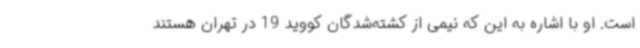
است. او با اشاره به این که نیمی از کشته‌شدگان کووید 19 در تهران هستند